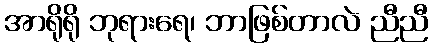
အာရိုရို ဘုရားရေ၊ ဘာဖြစ်တာလဲ ညီညီ